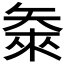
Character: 𬑴